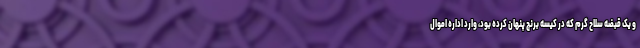
و یک قبضه سلاح گرم که در کیسه برنج پنهان کرده بود، وارد اداره اموال